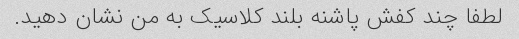
لطفا چند کفش پاشنه بلند کلاسیک به من نشان دهید.